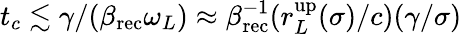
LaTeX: t_{c}\lesssim\gamma/(\beta_{\mathrm{rec}}\omega_{L})\approx\beta_{\mathrm{rec}}^{-1}(r_{L}^{\mathrm{up}}(\sigma)/c)(\gamma/\sigma)